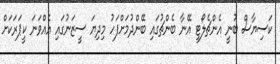
ކަސިޔާސް ބުނީ އެންޗެލޯޓީ އޭނާ ބެންޗުގައި ބޭންދުމަށްފަހު މިދިޔަ ސީޒަނުގައި އެއްވަނަ ކީޕަރަކަށް